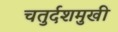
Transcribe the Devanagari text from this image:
चतुर्दशमुखी